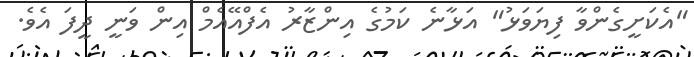
"އެކަށީގެންވާ ފިޔަވަޅު" އަޅާނެ ކަމުގެ އިންޒާރު އެފްއޭއެމް އިން ވަނީ ދީފަ އެވެ.